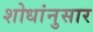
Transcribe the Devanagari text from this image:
शोधांनुसार